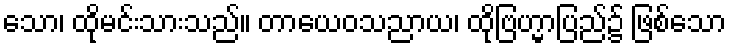
သော၊ ထိုမင်းသားသည်။ တာယေဝသညာယ၊ ထိုဗြဟ္မာပြည်၌ ဖြစ်သော